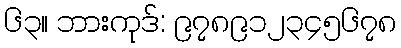
၆၃။ ဘားကုဒ်: ၉၇၈၉၁၂၃၄၅၆၇၈